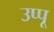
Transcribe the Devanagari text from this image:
उप्पू